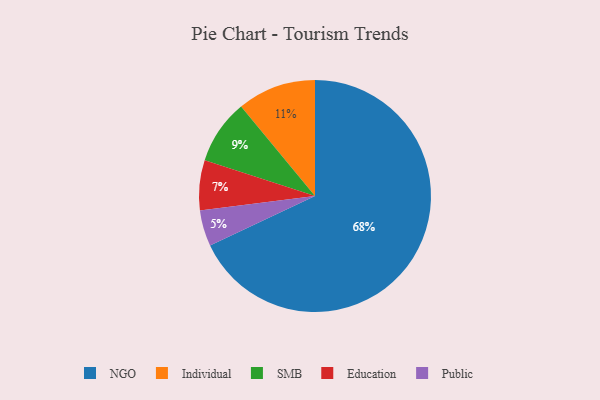
{"axis": {"x": "Category", "y": "Percentage"}, "legend": ["Education", "Individual", "NGO", "Public", "SMB"], "data": [{"x": "Public", "y": 5, "type": "Public"}, {"x": "Individual", "y": 11, "type": "Individual"}, {"x": "SMB", "y": 9, "type": "SMB"}, {"x": "Education", "y": 7, "type": "Education"}, {"x": "NGO", "y": 68, "type": "NGO"}]}